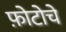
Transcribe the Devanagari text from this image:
फ़ोटोचे